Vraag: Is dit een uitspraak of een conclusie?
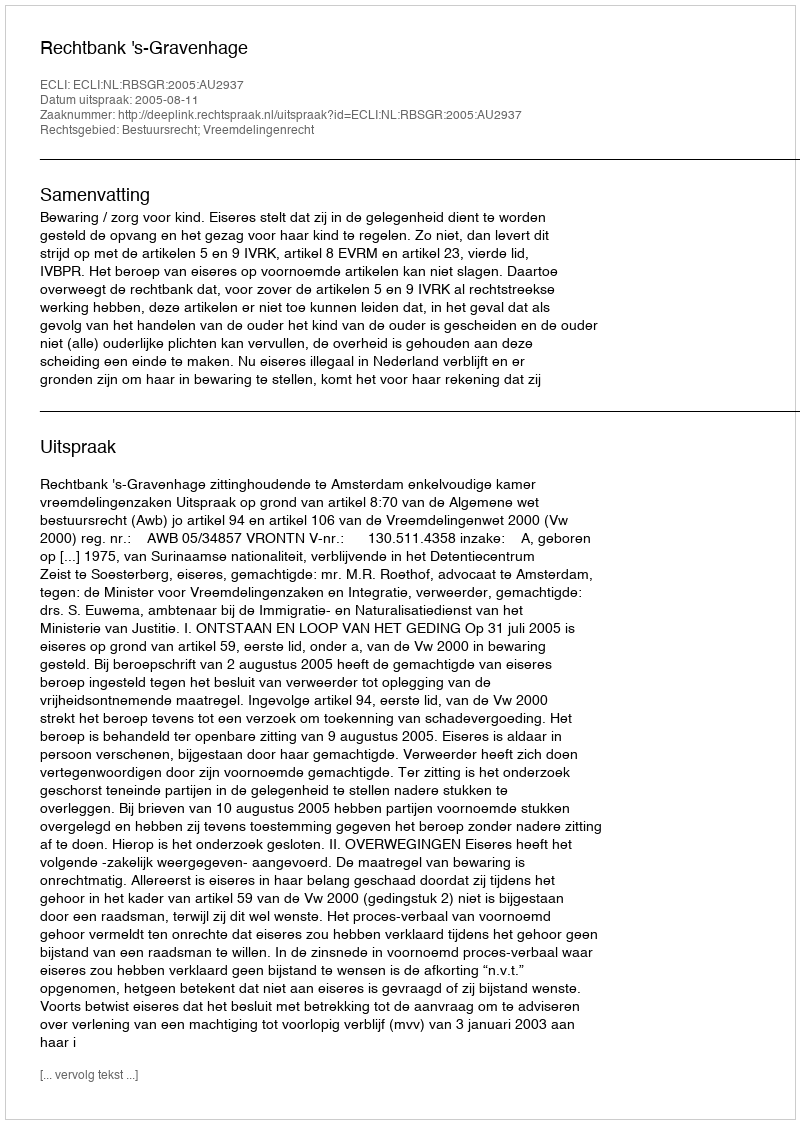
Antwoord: Uitspraak